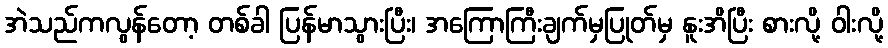
အဲသည်ကလွန်တော့ တစ်ခါ ပြန်မာသွားပြီး၊ အကြောကြီးချက်မှပြုတ်မှ နူးအိပြီး စားလို့ ဝါးလို့